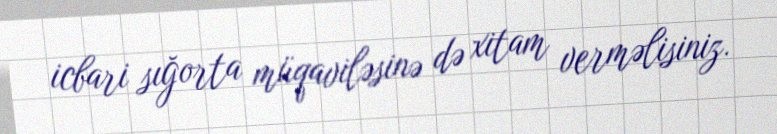
icbari sığorta müqaviləsinə də xitam verməlisiniz.